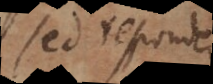
sed respondeo